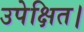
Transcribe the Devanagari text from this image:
उपेक्षित।